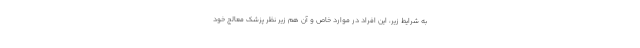
به شرایط زیر، این افراد در موارد خاص و آن هم زیر نظر پزشک معالج خود